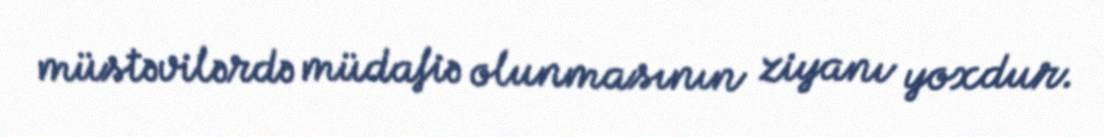
müstəvilərdə müdafiə olunmasının ziyanı yoxdur.